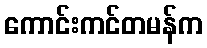
ကောင်းကင်တမန်က